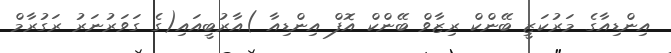
އިންޑިއާގެ މަރުކަޒީ ބޭންކް ރިޒާވް ބޭންކް އޮފް އިންޑިއާ )އާރުބީއައި(ގެ ގަވަރުނަރު ރަގުރާމް